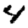
Digit: 4